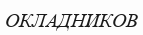
ОКЛАДНИКОВ